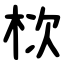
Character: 栨